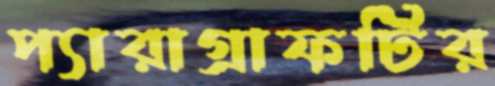
প্যারাগ্রাফটির